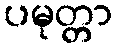
ပမုတ္တာ